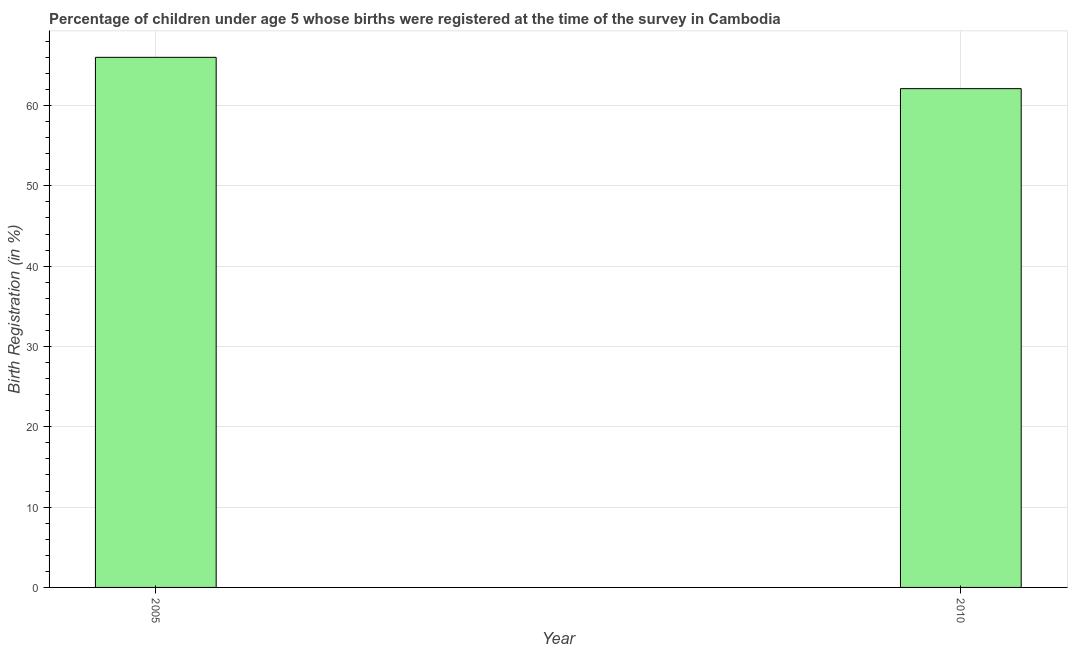
| Year | Birth registration |
 | --- | --- |
 | 2005 | 66 |
 | 2010 | 62.1 |